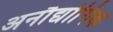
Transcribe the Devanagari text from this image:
अनौद्योगिक